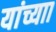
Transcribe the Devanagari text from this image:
यांच्याा